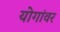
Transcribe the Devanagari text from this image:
योगांवर